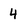
Character: 4